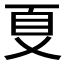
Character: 𠀼